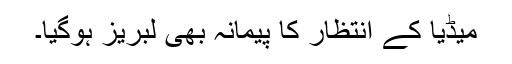
میڈیا کے انتظار کا پیمانہ بھی لبریز ہوگیا۔